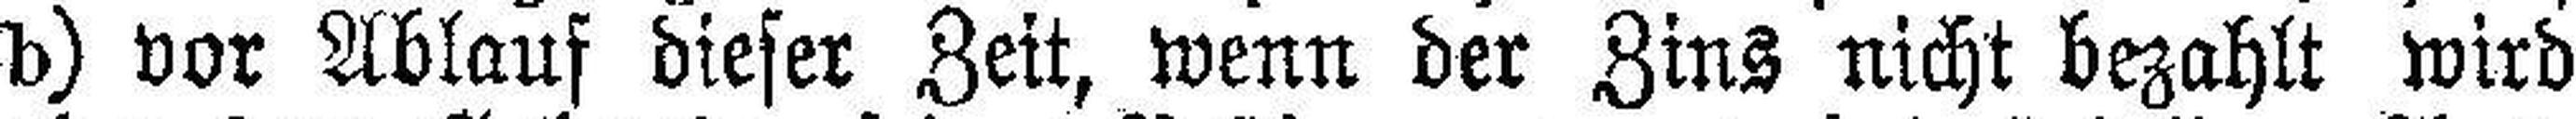
b) vor Ablauf dieser Zeit, wenn der Zins nicht bezahlt wird